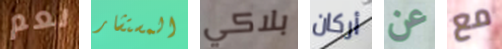
نعم المستشار بلاكي أركان عن مع